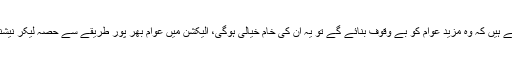
عوام اب باشور ہے اگر وہ یہ سمجھتے ہیں کہ وہ مزید عوام کو بے وقوف بنائے گے تو یہ ان کی خام خیالی ہوگی،ْ الیکشن میں عوام بھر پور طریقے سے حصہ لیکر نیشنل پارٹی کو جیت سے ہمکنار کرے۔